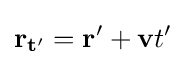
\mathbf {r_{t'}} =\mathbf {r'} +\mathbf {v} t'